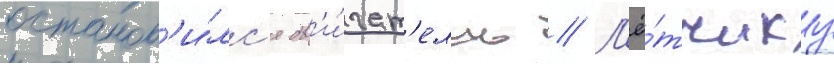
останов'и́лс'я дв'и́гат'ель // Л'ё́тчику